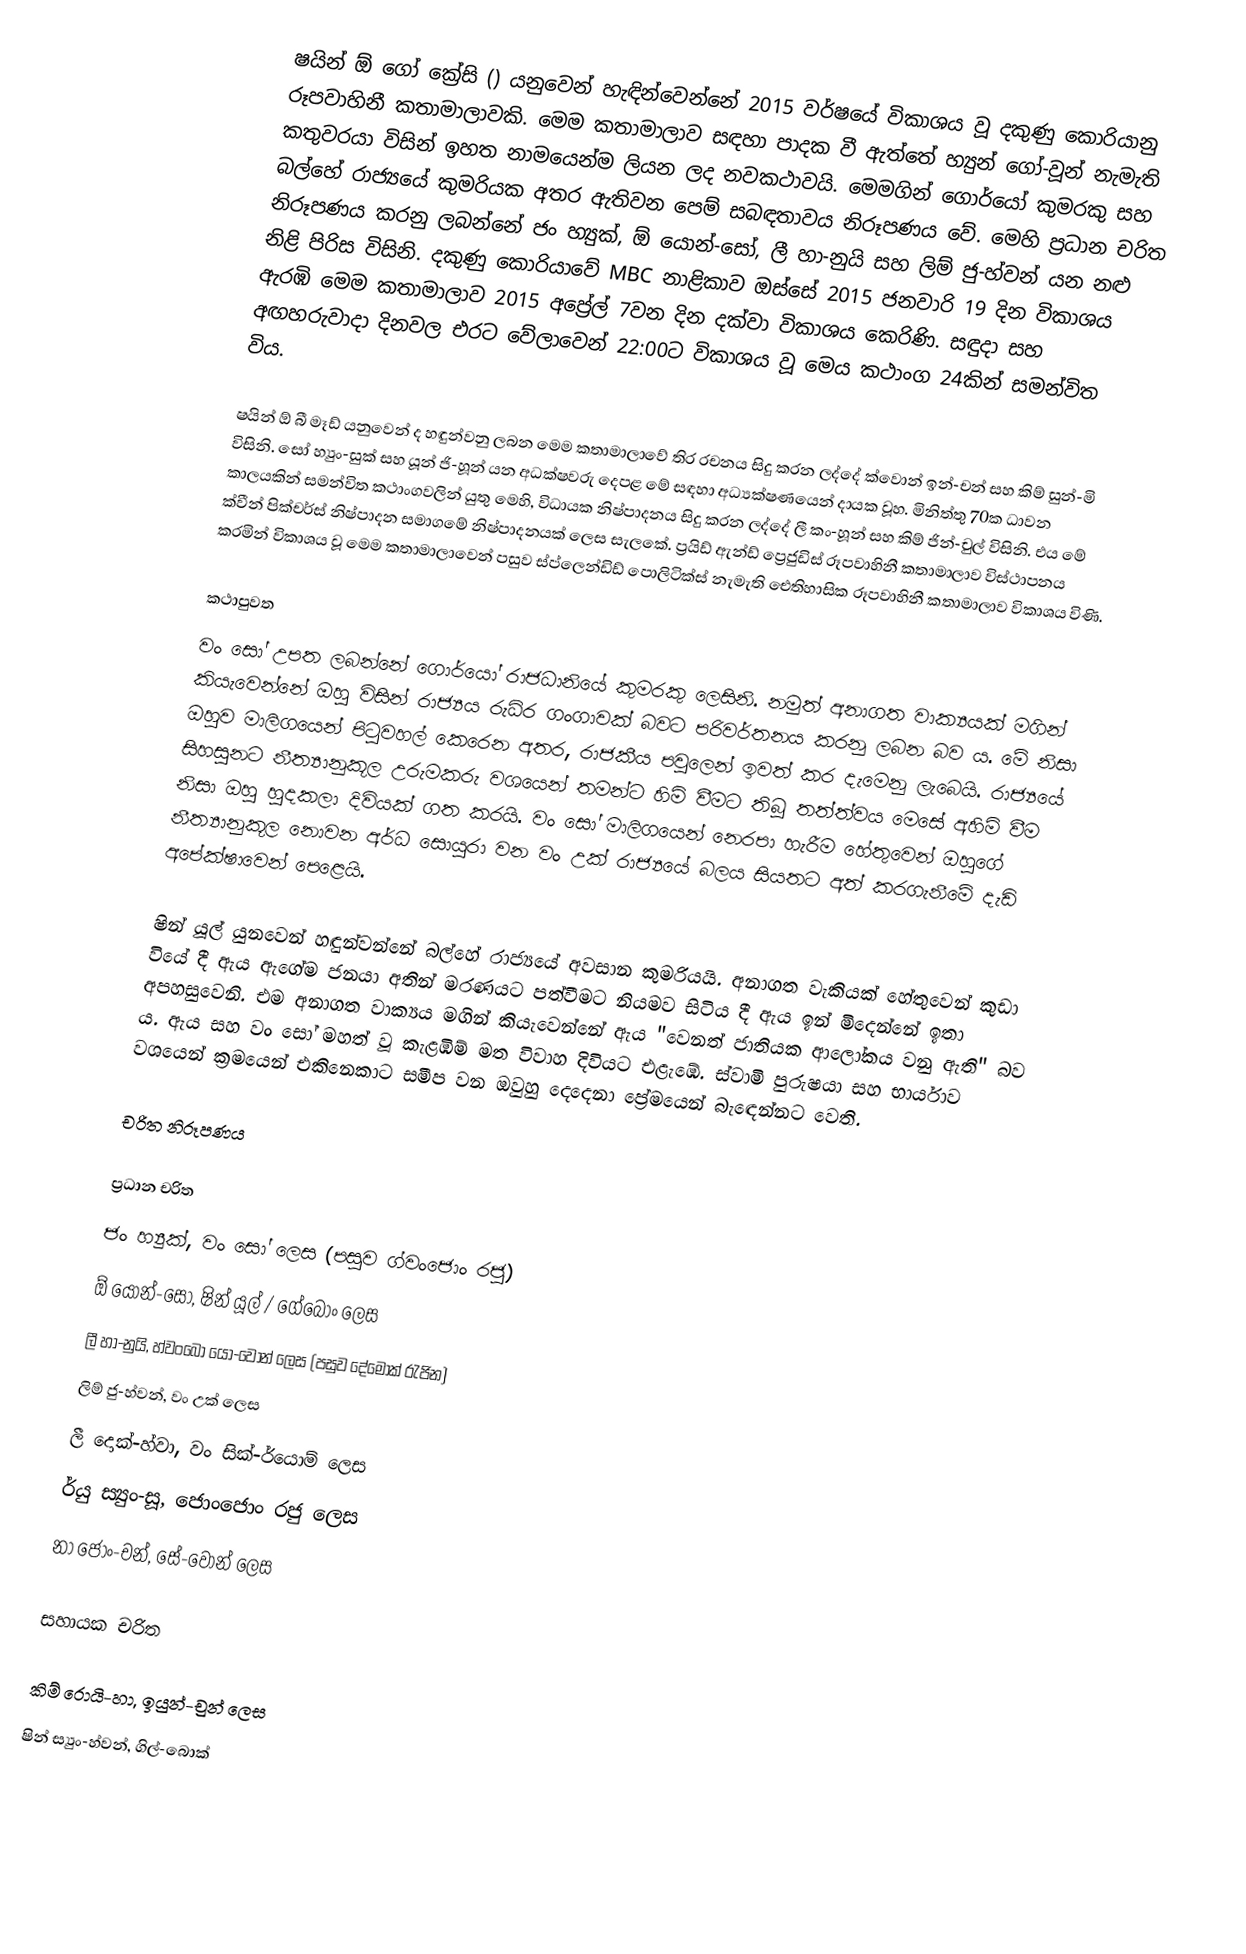
ෂයින් ඕ ගෝ ක්‍රේසි () යනුවෙන් හැඳින්වෙන්නේ 2015 වර්ෂයේ විකාශය වූ දකුණු කොරියානු රූපවාහිනී කතාමාලාවකි. මෙම කතාමාලාව සඳහා පාදක වී ඇත්තේ හ්‍යුන් ගෝ-වූන් නැමැති කතුවරයා විසින් ඉහත නාමයෙන්ම ලියන ලද නවකථාවයි. මෙමගින් ගොර්යෝ කුමරකු සහ බල්හේ රාජ්‍යයේ කුමරියක අතර ඇතිවන පෙම් සබඳතාවය නිරූපණය වේ. මෙහි ප්‍රධාන චරිත නිරූපණය කරනු ලබන්නේ ජං හ්‍යුක්, ඕ යොන්-සෝ, ලී හා-නුයි සහ ලිම් ජු-හ්වන් යන නළු නිළි පිරිස විසිනි. දකුණු කොරියාවේ MBC නාළිකාව ඔස්සේ 2015 ජනවාරි 19 දින විකාශය ඇරඹි මෙම කතාමාලාව 2015 අප්‍රේල් 7වන දින දක්වා විකාශය කෙරිණි. සඳුදා සහ අඟහරුවාදා දිනවල එරට වේලාවෙන් 22:00ට විකාශය වූ මෙය කථාංග 24කින් සමන්විත විය.

ෂයින් ඕ බී මෑඩ් යනුවෙන් ද හඳුන්වනු ලබන මෙම කතාමාලාවේ තිර රචනය සිදු කරන ලද්දේ ක්වොන් ඉන්-චන් සහ කිම් සුන්-මි විසිනි. සෝ හ්‍යුං-සුක් සහ යූන් ජි-හූන් යන අධක්ෂවරු දෙපළ මේ සඳහා අධ්‍යක්ෂණයෙන් දායක වූහ. මිනිත්තු 70ක ධාවන කාලයකින් සමන්විත කථාංගවලින් යුතු මෙහි, විධායක නිෂ්පාදනය සිදු කරන ලද්දේ ලී කං-හූන් සහ කිම් ජින්-චුල් විසිනි. එය මේ ක්වීන් පික්චර්ස් නිෂ්පාදන සමාගමේ නිෂ්පාදනයක් ලෙස සැලකේ‍. ප්‍රයිඩ් ඇන්ඩ් ප්‍රෙජුඩිස් රූපවාහිනී කතාමාලාව විස්ථාපනය කරමින් විකාශය වූ මෙම කතාමාලාවෙන් පසුව ස්ප්ලෙන්ඩිඩ් පොලිටික්ස් නැමැති ඓතිහාසික රූපවාහිනී කතාමාලාව විකාශය විණි.

කථාපුවත
වං සෝ උපත ලබන්නේ ගොර්යෝ රාජධානියේ කුමරකු ලෙසිනි. නමුත් අනාගත වාක්‍යයක් මගින් කියැවෙන්නේ ඔහු විසින් රාජ්‍යය රුධිර ගංගාවක් බවට පරිවර්තනය කරනු ලබන බව ය. මේ නිසා ඔහුව මාලිගයෙන් ‍පිටුවහල් කෙරෙන අතර, රාජකීය පවුලෙන් ඉවත් කර දැමෙනු ලැබෙයි. රාජ්‍යයේ සිහසුනට නීත්‍යානුකූල උරුමකරු වශයෙන් තමන්ට හිමි වීමට තිබූ තත්ත්වය මෙසේ අහිමි වීම නිසා ඔහු හුදකලා දිවියක් ගත කරයි. වං සෝ මාලිගයෙන් නෙරපා හැරීම හේතුවෙන් ඔහුගේ නීත්‍යානුකූල නොවන අර්ධ සොයුරා වන වං උක් රාජ්‍යයේ බලය සියතට අත් කරගැනීමේ දැඩි අපේක්ෂාවෙන් පෙළෙයි.

ෂින් යූල් යුනවෙන් හඳුන්වන්නේ බල්හේ රාජ්‍යයේ අවසාන කුමරියයි. අනාගත වැකියක් හේතුවෙන් කුඩා වියේ දී ඇය ඇගේම ජනයා අතින් මරණයට පත්වීමට නියමව සිටිය දී ඇය ඉන් මිදෙන්නේ ඉතා අපහසුවෙනි. එම අනාගත වාක්‍යය මගින් කියැවෙන්නේ ඇය "වෙනත් ජාතියක ආලෝකය වනු ඇති" බව ය. ඇය සහ වං සෝ මහත් වූ කැළඹීම් මත විවාහ දිවියට එළැඹේ. ස්වාමි පුරුෂයා සහ භාර්යාව වශයෙන් ක්‍රමයෙන් එකිනෙකාට සමීප වන ඔවුහු දෙදෙනා ප්‍රේමයෙන් බැ‍ඳෙන්නට වෙති.

චරිත නිරූපණය

ප්‍රධාන චරිත
ජං හ්‍යුක්, වං සෝ ලෙස (පසුව ග්වංජොං රජු)
ඕ යොන්-සෝ, ෂින් යූල් / ගේබොං ලෙස
ලී හා-නුයි, හ්වංබෝ යෝ-වොන් ලෙස (පසුව දේමොක් රැජින)
ලිම් ජු-හ්වන්, වං උක් ලෙස
ලී දොක්-හ්වා, වං සික්-ර්යොම් ලෙස
ර්යු ස්‍යුං-‍සූ, ජොංජොං රජු ලෙස
නා ජොං-චන්, සේ-වොන් ලෙස

සහායක චරිත

කිම් රොයි-හා, ඉයුන්-චුන් ලෙස
ෂින් ස්‍යුං-හ්වන්, ගිල්-බොක්